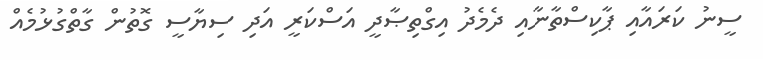
ސީނު ކަރައާއި ޕާކިސްތާނާއި ދެމެދު އިގްތިޞާދީ އަސްކަރީ އަދި ސިޔާސީ ގޮތުން ގާތްގުޅުމެއް